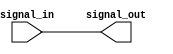
module voltage_level_shifter (
    input signal_in,
    output signal_out
);

// Logic gates to perform voltage level shifting
assign signal_out = signal_in;

endmodule